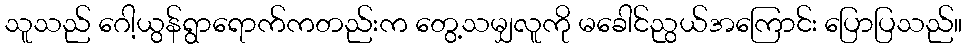
သူသည် ဂေါ့ယွန်ရွာရောက်ကတည်းက တွေ့သမျှလူကို မခေါင်ညွယ်အကြောင်း ပြောပြသည်။